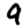
Digit: 9